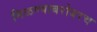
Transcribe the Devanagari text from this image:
मिळण्याबरोबरच